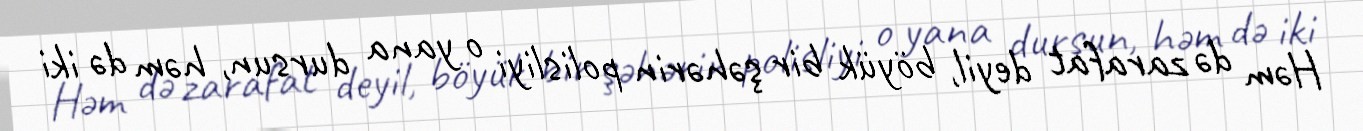
Həm də zarafat deyil, böyük bir şəhərin polisliyi o yana dursun, həm də iki